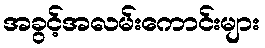
အခွင့်အလမ်းကောင်းများ